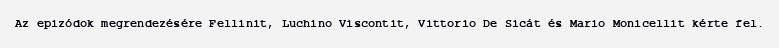
Az epizódok megrendezésére Fellinit, Luchino Viscontit, Vittorio De Sicát és Mario Monicellit kérte fel.